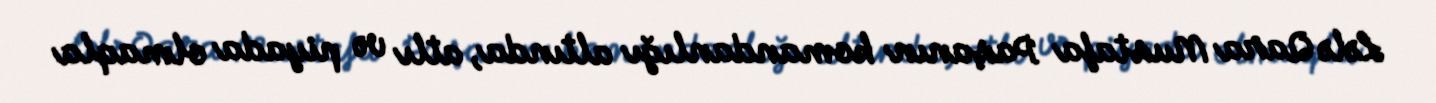
Lələ Qara Mustafa Paşanın komandanlığı altında, atlı və piyada olmaqla